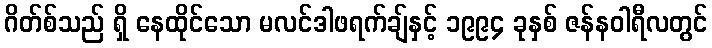
ဂိတ်စ်သည် ရှိ နေထိုင်သော မလင်ဒါဖရက်ချ်နှင့် ၁၉၉၄ ခုနှစ် ဇန်နဝါရီလတွင်